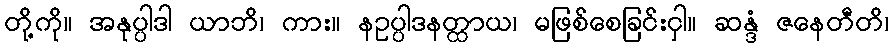
တို့ကို။ အနုပ္ပါဒါ ယာဘိ၊ ကား။ နဥပ္ပါဒနတ္ထာယ၊ မဖြစ်စေခြင်းငှါ။ ဆန္ဒံ ဇနေတီတိ၊